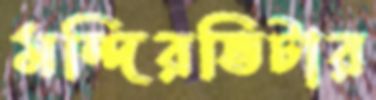
মন্দিরভিটার